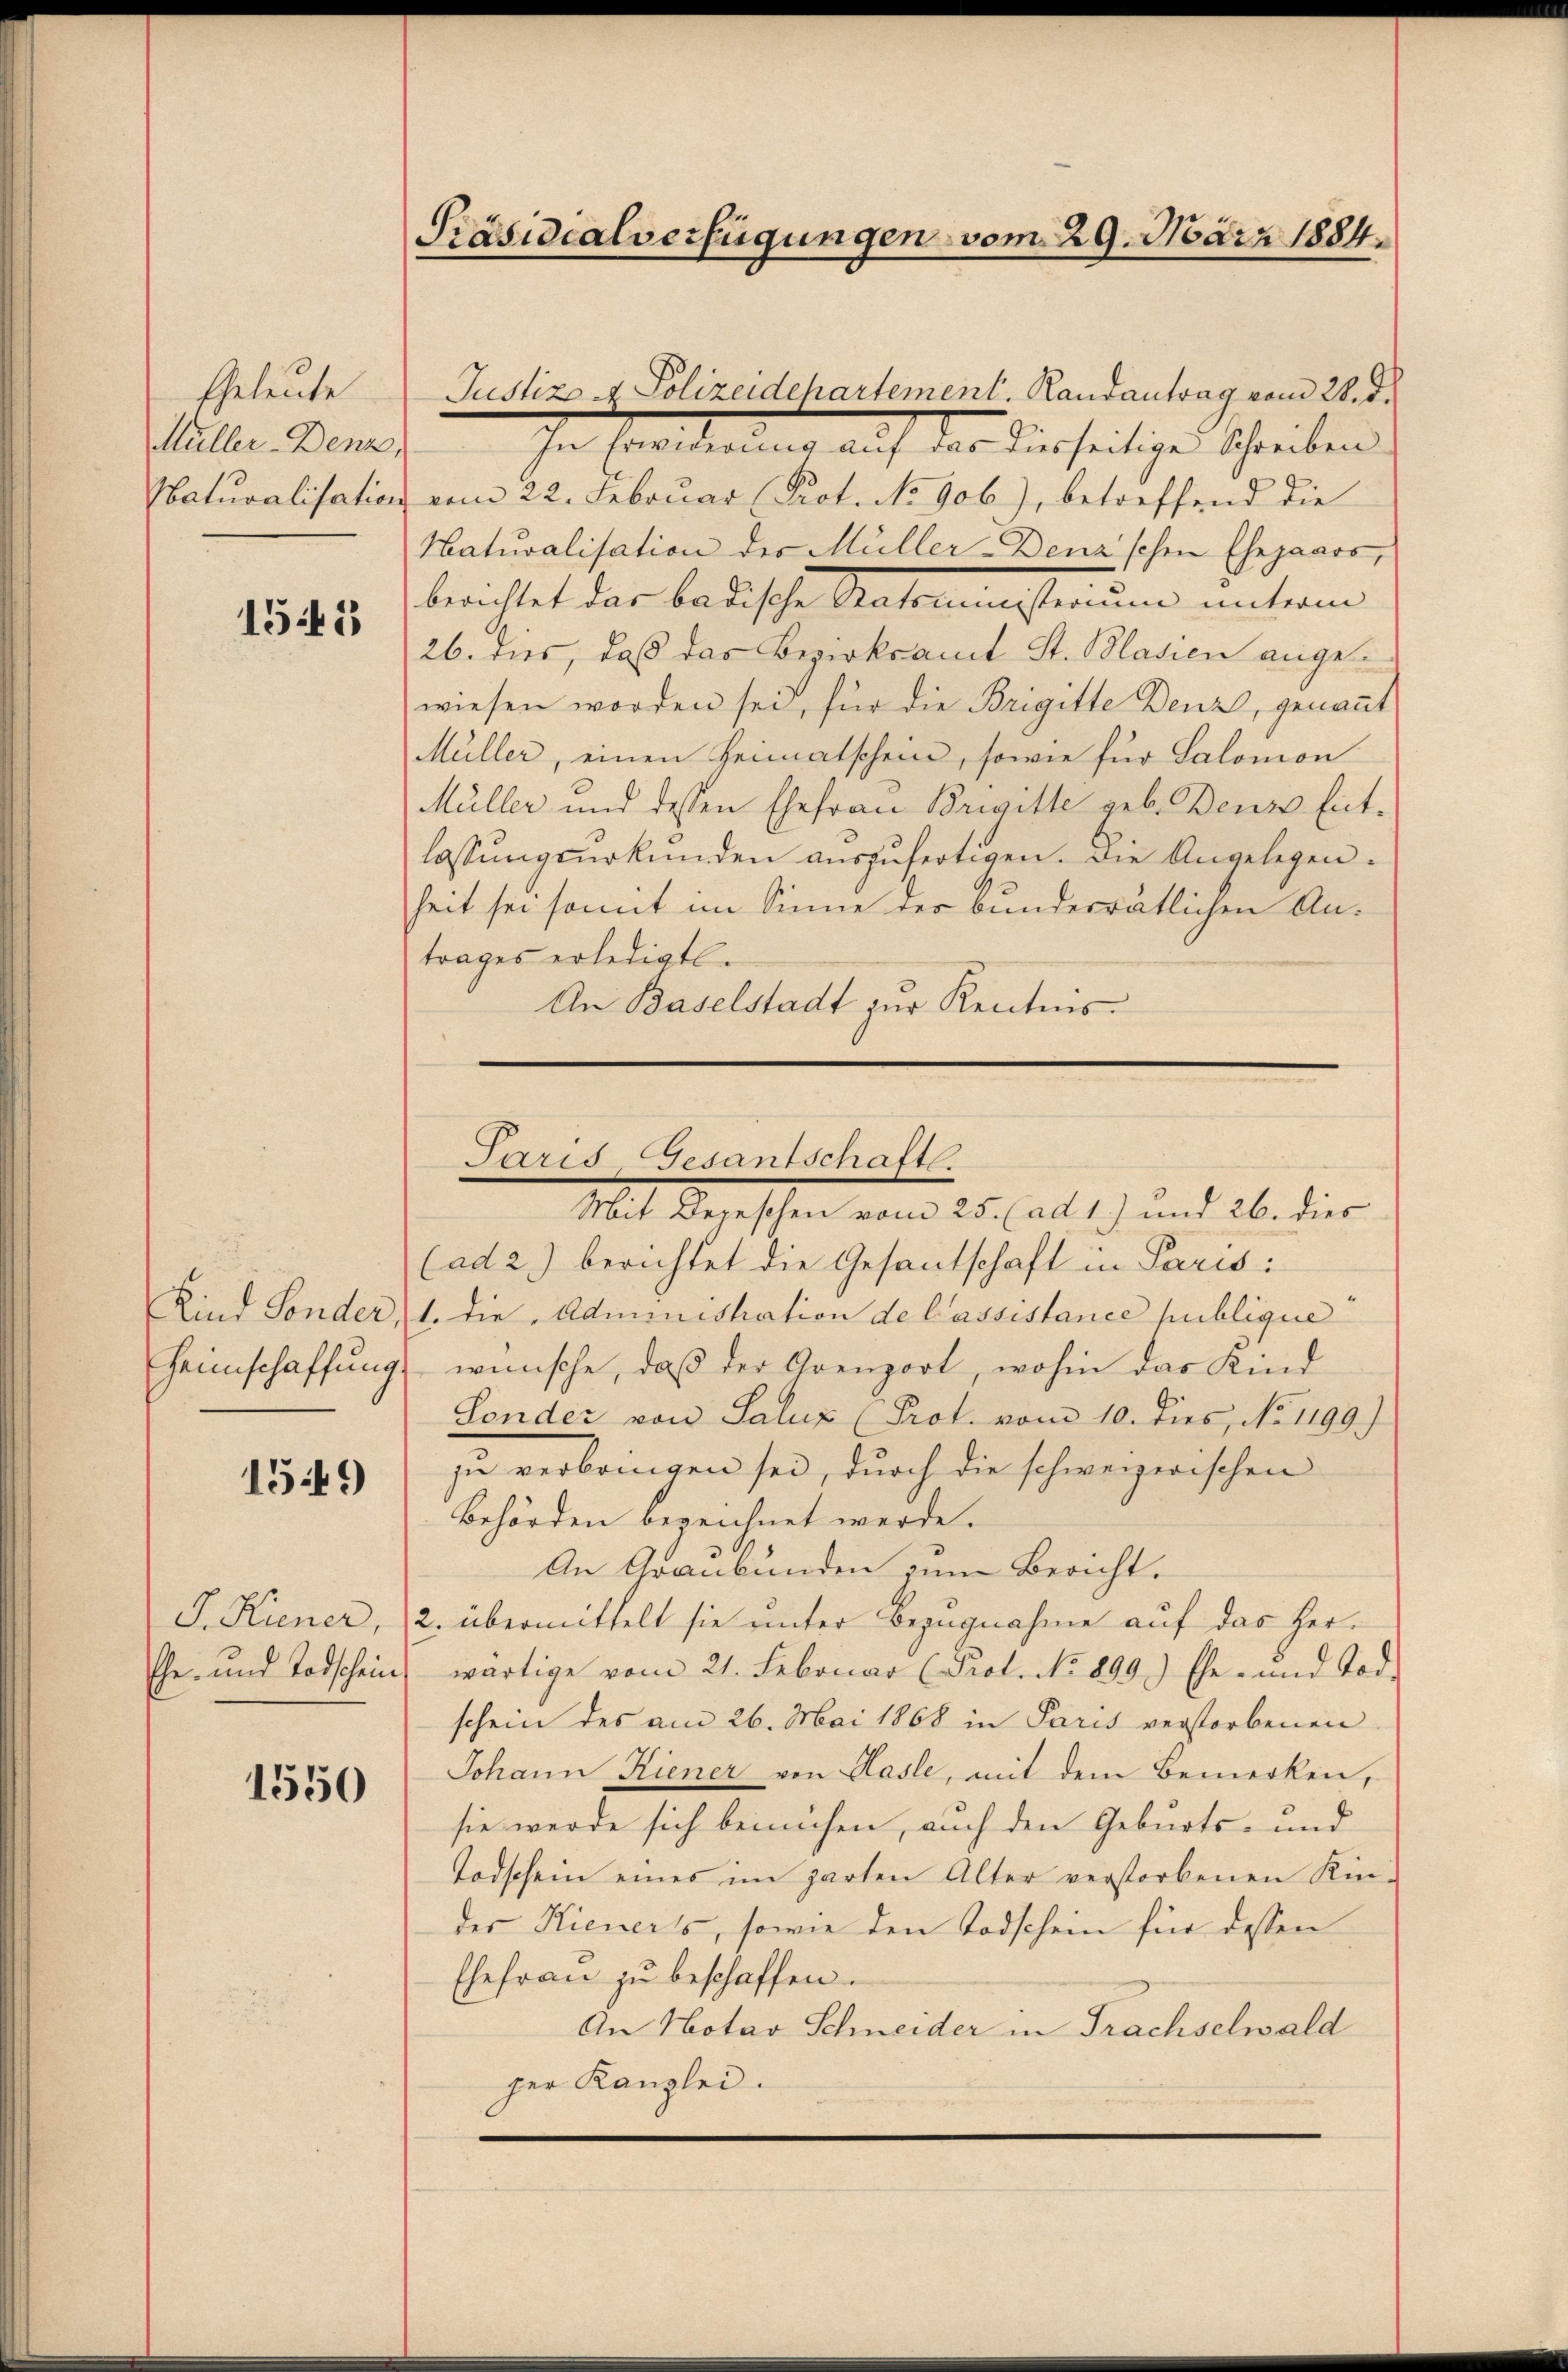
Eheleute
Müller-Denz,

1541

Heimschaffung.

1549

Ehe- und Todschein

1550

Präsidialverfügungen vom 29. März 1884.

In Erwiderung aŭf das diesseitige Schreiben
Naturalisation vom 22. Februar Prot. No 906), betreffend die
Naturalisation des Müller-Denz’schen Ehepaars,
berichtet das badische Antonesserung unterm
26. dies, daß das Bezirksamt St. Blasien angewiesen worden sei, für die Brigitte Denz, genannt
Müller, einen Heimatschein, sowie für Salomon
Müller und dessen Ehefrau Brigitte geb. Den Ent-
lassungsurkunden auszufertigen. Die Angelegen.
heit sei somit im Sinne der bunderrätlichen Antrages erledigt.
An Baselstadt zur Kenntnis.

Justiz - Polizeidepartement. Handantrag vom 28. d.

Paris Gesantschaftl.
Mit Wegeschen vom 25. ad 1.) und 26. dies

(ad 2) berichtet die Gesantschaft in Paris
Kind Sonder, 1. die Administration de lassistance publique
wünsche, daß der Grenzort, wohin das Kind
Sonder von Saluz (Prot. vom 10. dies, No 1199)
zu verbringen sei, durch die schweizerischen
Behörden bezeichnet werde.
An Graubünden zum Bericht.
J. Kiener, 2. übermittelt sie unter Bezugnahme auf das Herwärtige vom 21. Februar (Prol. No 899.) Ehe- und Tod.
schein des am 26. Mai 1868 in Paris verstorbenen
Johann Kiener von Hasle, mit dem Bemerken,
sie werde sich bemühen, auch den Geburts- und
Todschein eines im zarten Alter verstorbenen Kin-
der Hieners, sowie den Todschein für dessen
Ehefrau zu beschaffen.
An Notar Schneider in Frachselwald
ger Kanzlei.